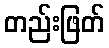
တည်းဖြတ်